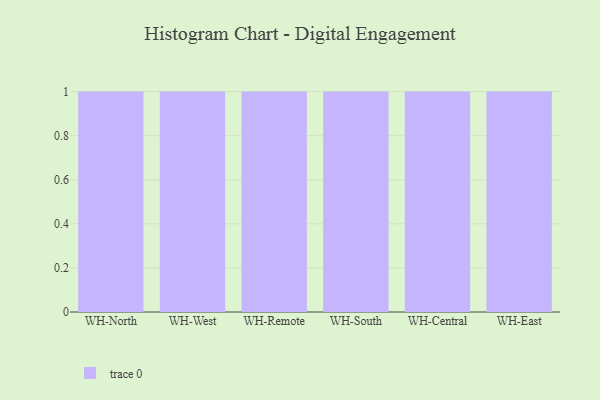
{"axis": {"x": "Warehouse", "y": "Operating Costs (USD K)"}, "legend": [""], "data": [{"x": "WH-North", "y": 2, "type": ""}, {"x": "WH-West", "y": 10, "type": ""}, {"x": "WH-Remote", "y": 23, "type": ""}, {"x": "WH-South", "y": 20, "type": ""}, {"x": "WH-Central", "y": 79, "type": ""}, {"x": "WH-East", "y": 47, "type": ""}]}